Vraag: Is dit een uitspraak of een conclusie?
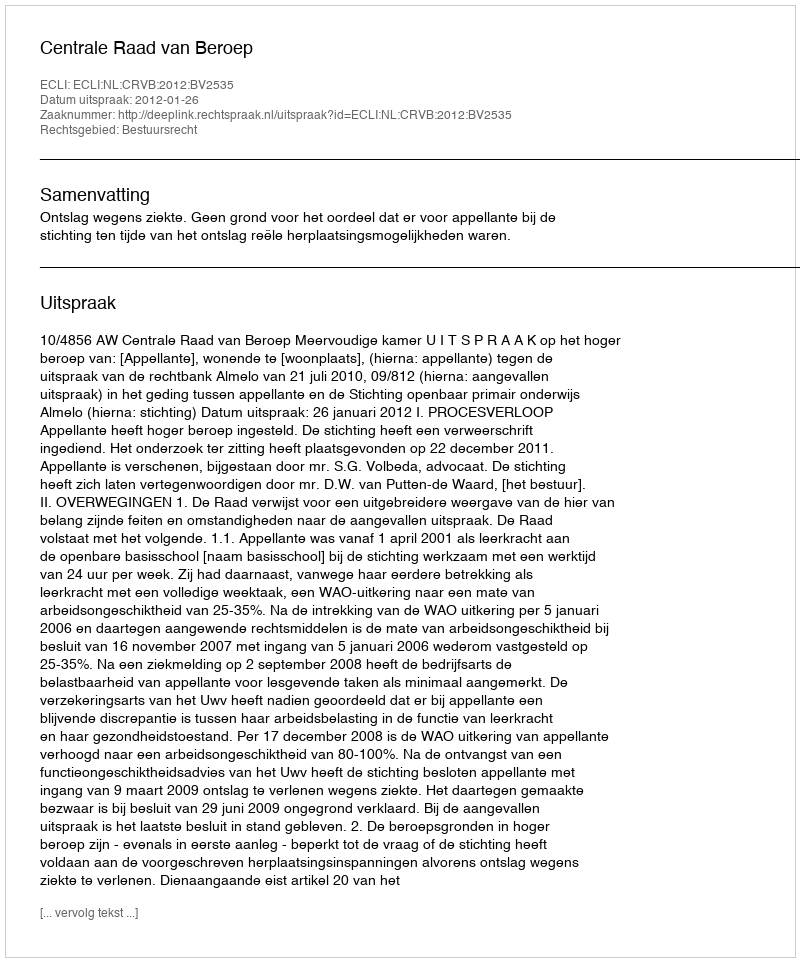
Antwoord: Uitspraak